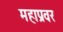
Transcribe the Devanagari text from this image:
महाप्रवर